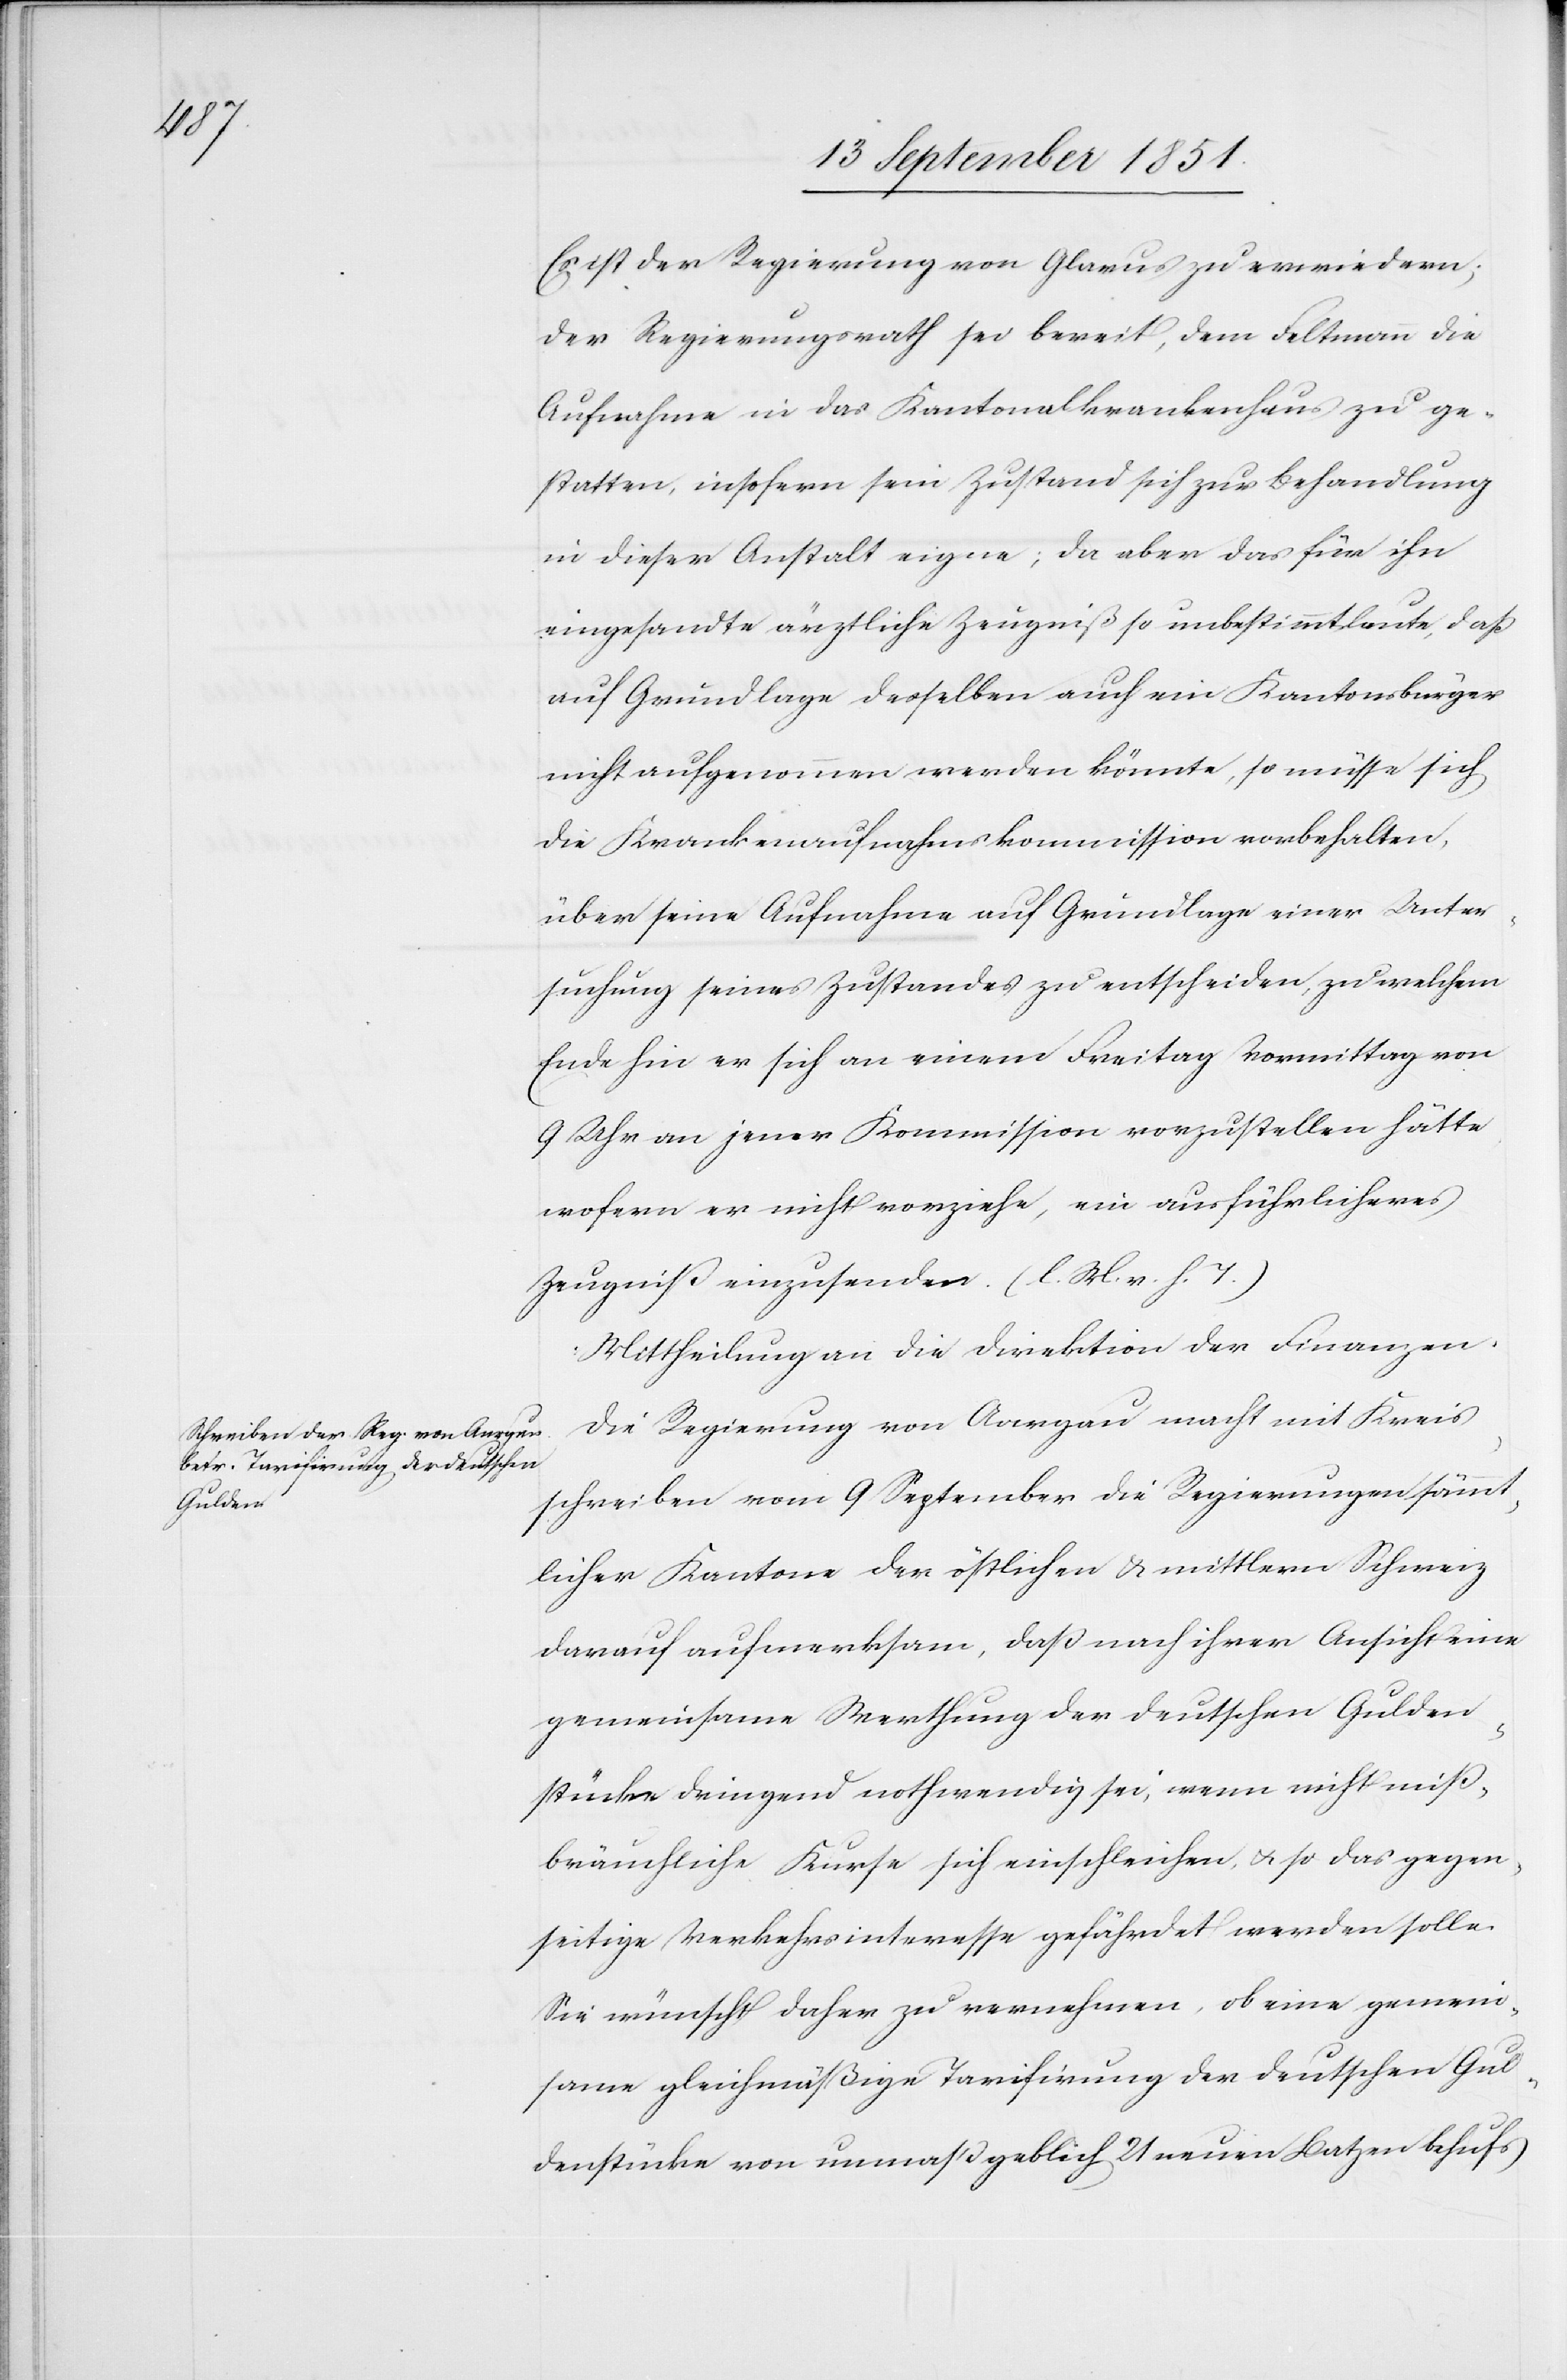
Es ist der Regierung von Glarus zu erwiedern;
der Regierungsrath sei bereit, dem Feltmann die
Aufnahme in das Kantonalkrankenhaus zu ge¬
statten, insofern sein Zustand sich zur Behandlung
in dieser Anstalt eigne; da aber das für ihn
eingesandte ärztliche Zeugniß so unbestimmt laute, daß
auf Grundlage desselben auch ein Kantonsbürger
nicht aufgenommen werden könnte, so müsse sich
die Krankenaufnahmskommission vorbehalten,
über seine Aufnahme auf Grundlage einer Unter¬
suchung seines Zustandes zu entscheiden, zu welchem
Ende hin er sich an einem Freitag Vormittag von
9 Uhr an jener Kommission vorzustellen hätte
wofern er nicht vorziehe, ein ausführlicheres
Zeugniß einzusenden. (l. M. v. h. T.)
Mittheilung an die Direktion der Finanzen.
Die Regierung von Aargau macht mit Kreis¬
schreiben vom 9 September die Regierungen sämmt¬
licher Kantone der östlichen & mittlern Schweiz
darauf aufmerksam, daß nach ihrer Ansicht eine
gemeinsame Werthung der deutschen Gulden¬
stücke dringend nothwendig sei, wenn nicht miß¬
bräuchliche Kurse sich einschleichen, & so das gegen¬
seitige Verkehrsinteresse gefährdet werden solle.
Sie wünscht daher zu vernehmen, ob eine gemein¬
same gleichmäßige Tarifirung der deutschen Gul¬
denstücke von unmaßgeblich 21 neuen Batzen behufs